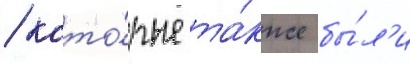
/ кото́рые та́кже бы́л'и